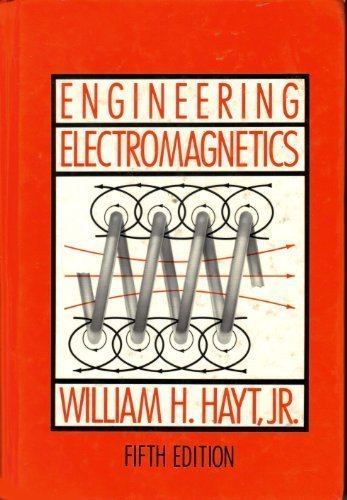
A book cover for Engineering Electromagnetics (Mcgraw-Hill Series in Electrical Engineering. Electromagnetics); William Hart Hayt; Science & Math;